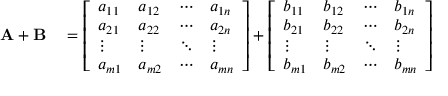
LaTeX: \begin{array} { r l } { \mathbf { A } + \mathbf { B } } & { { } = { \left[ \begin{array} { l l l l } { a _ { 1 1 } } & { a _ { 1 2 } } & { \cdots } & { a _ { 1 n } } \\ { a _ { 2 1 } } & { a _ { 2 2 } } & { \cdots } & { a _ { 2 n } } \\ { \vdots } & { \vdots } & { \ddots } & { \vdots } \\ { a _ { m 1 } } & { a _ { m 2 } } & { \cdots } & { a _ { m n } } \end{array} \right] } + { \left[ \begin{array} { l l l l } { b _ { 1 1 } } & { b _ { 1 2 } } & { \cdots } & { b _ { 1 n } } \\ { b _ { 2 1 } } & { b _ { 2 2 } } & { \cdots } & { b _ { 2 n } } \\ { \vdots } & { \vdots } & { \ddots } & { \vdots } \\ { b _ { m 1 } } & { b _ { m 2 } } & { \cdots } & { b _ { m n } } \end{array} \right] } } \end{array}